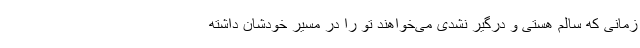
زمانی که سالم هستی و درگیر نشدی می‌خواهند تو را در مسیر خودشان داشته